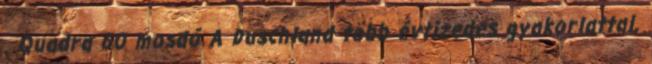
. Quadra 60 mosdó A Duschland több évtizedes gyakorlattal,